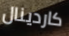
كاردينال